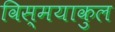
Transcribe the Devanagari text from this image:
विस्मयाकुल